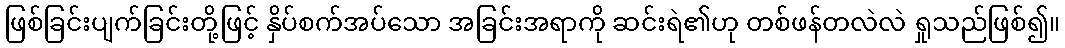
ဖြစ်ခြင်းပျက်ခြင်းတို့ဖြင့် နှိပ်စက်အပ်သော အခြင်းအရာကို ဆင်းရဲ၏ဟု တစ်ဖန်တလဲလဲ ရှုသည်ဖြစ်၍။